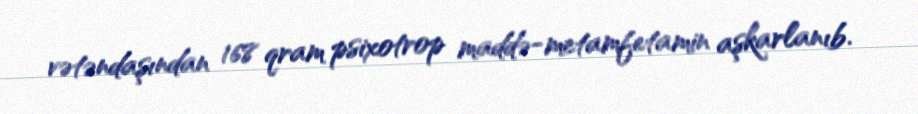
vətəndaşından 168 qram psixotrop maddə-metamfetamin aşkarlanıb.